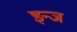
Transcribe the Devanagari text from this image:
इन्ज